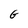
Character: G